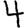
Digit: 4